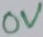
Text: 0V